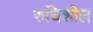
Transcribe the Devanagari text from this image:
रुचिशील